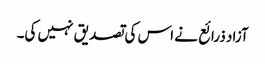
آزاد ذرائع نے اس کی تصدیق نہیں کی۔